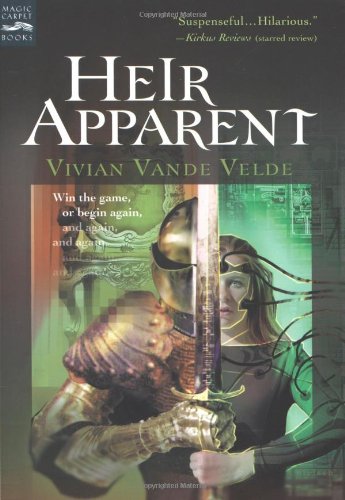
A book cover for Heir Apparent; Vivian Vande Velde; Children's Books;